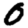
Digit: 0